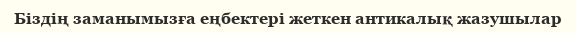
Біздің заманымызға еңбектері жеткен антикалық жазушылар